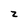
Character: z